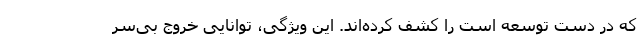
که در دست توسعه است را کشف کرده‌اند. این ویژگی، توانایی خروج بی‌سر